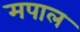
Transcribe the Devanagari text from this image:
मपाल